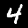
Digit: 4